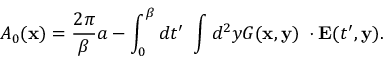
{ \cal A } _ { 0 } ( { \bf x } ) = \frac { 2 \pi } { \beta } a - \int _ { 0 } ^ { \beta } d t ^ { \prime } ~ \int d ^ { 2 } y G ( { \bf x , y } ) { \bf \nabla } \cdot { \bf E } ( t ^ { \prime } , { \bf y } ) .